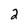
Character: 2